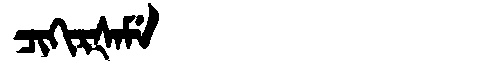
Manchu: ᠴᡳᡴᡳᡵᡧᠠᠮᡝ
Romanization: CIKIRŠAME